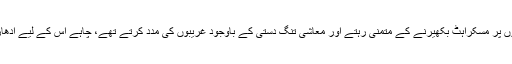
ہمیشہ غمزدوں کے چہروں پر مسکراہٹ بکھیرنے کے متمنی رہتے اور معاشی تنگ دستی کے باوجود غریبوں کی مدد کرتے تھے، چاہے اس کے لیے اُدھار ہی کیوں نہ اُٹھانا پڑے۔